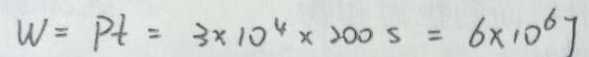
W = P t = 3 \times 1 0 ^ { 4 } \times 2 0 0 s = 6 \times 1 0 ^ { 6 } J